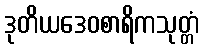
ဒုတိယဒေဝစာရိကသုတ္တံ